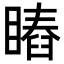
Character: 𥊎